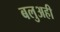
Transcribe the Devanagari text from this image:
बलुअही